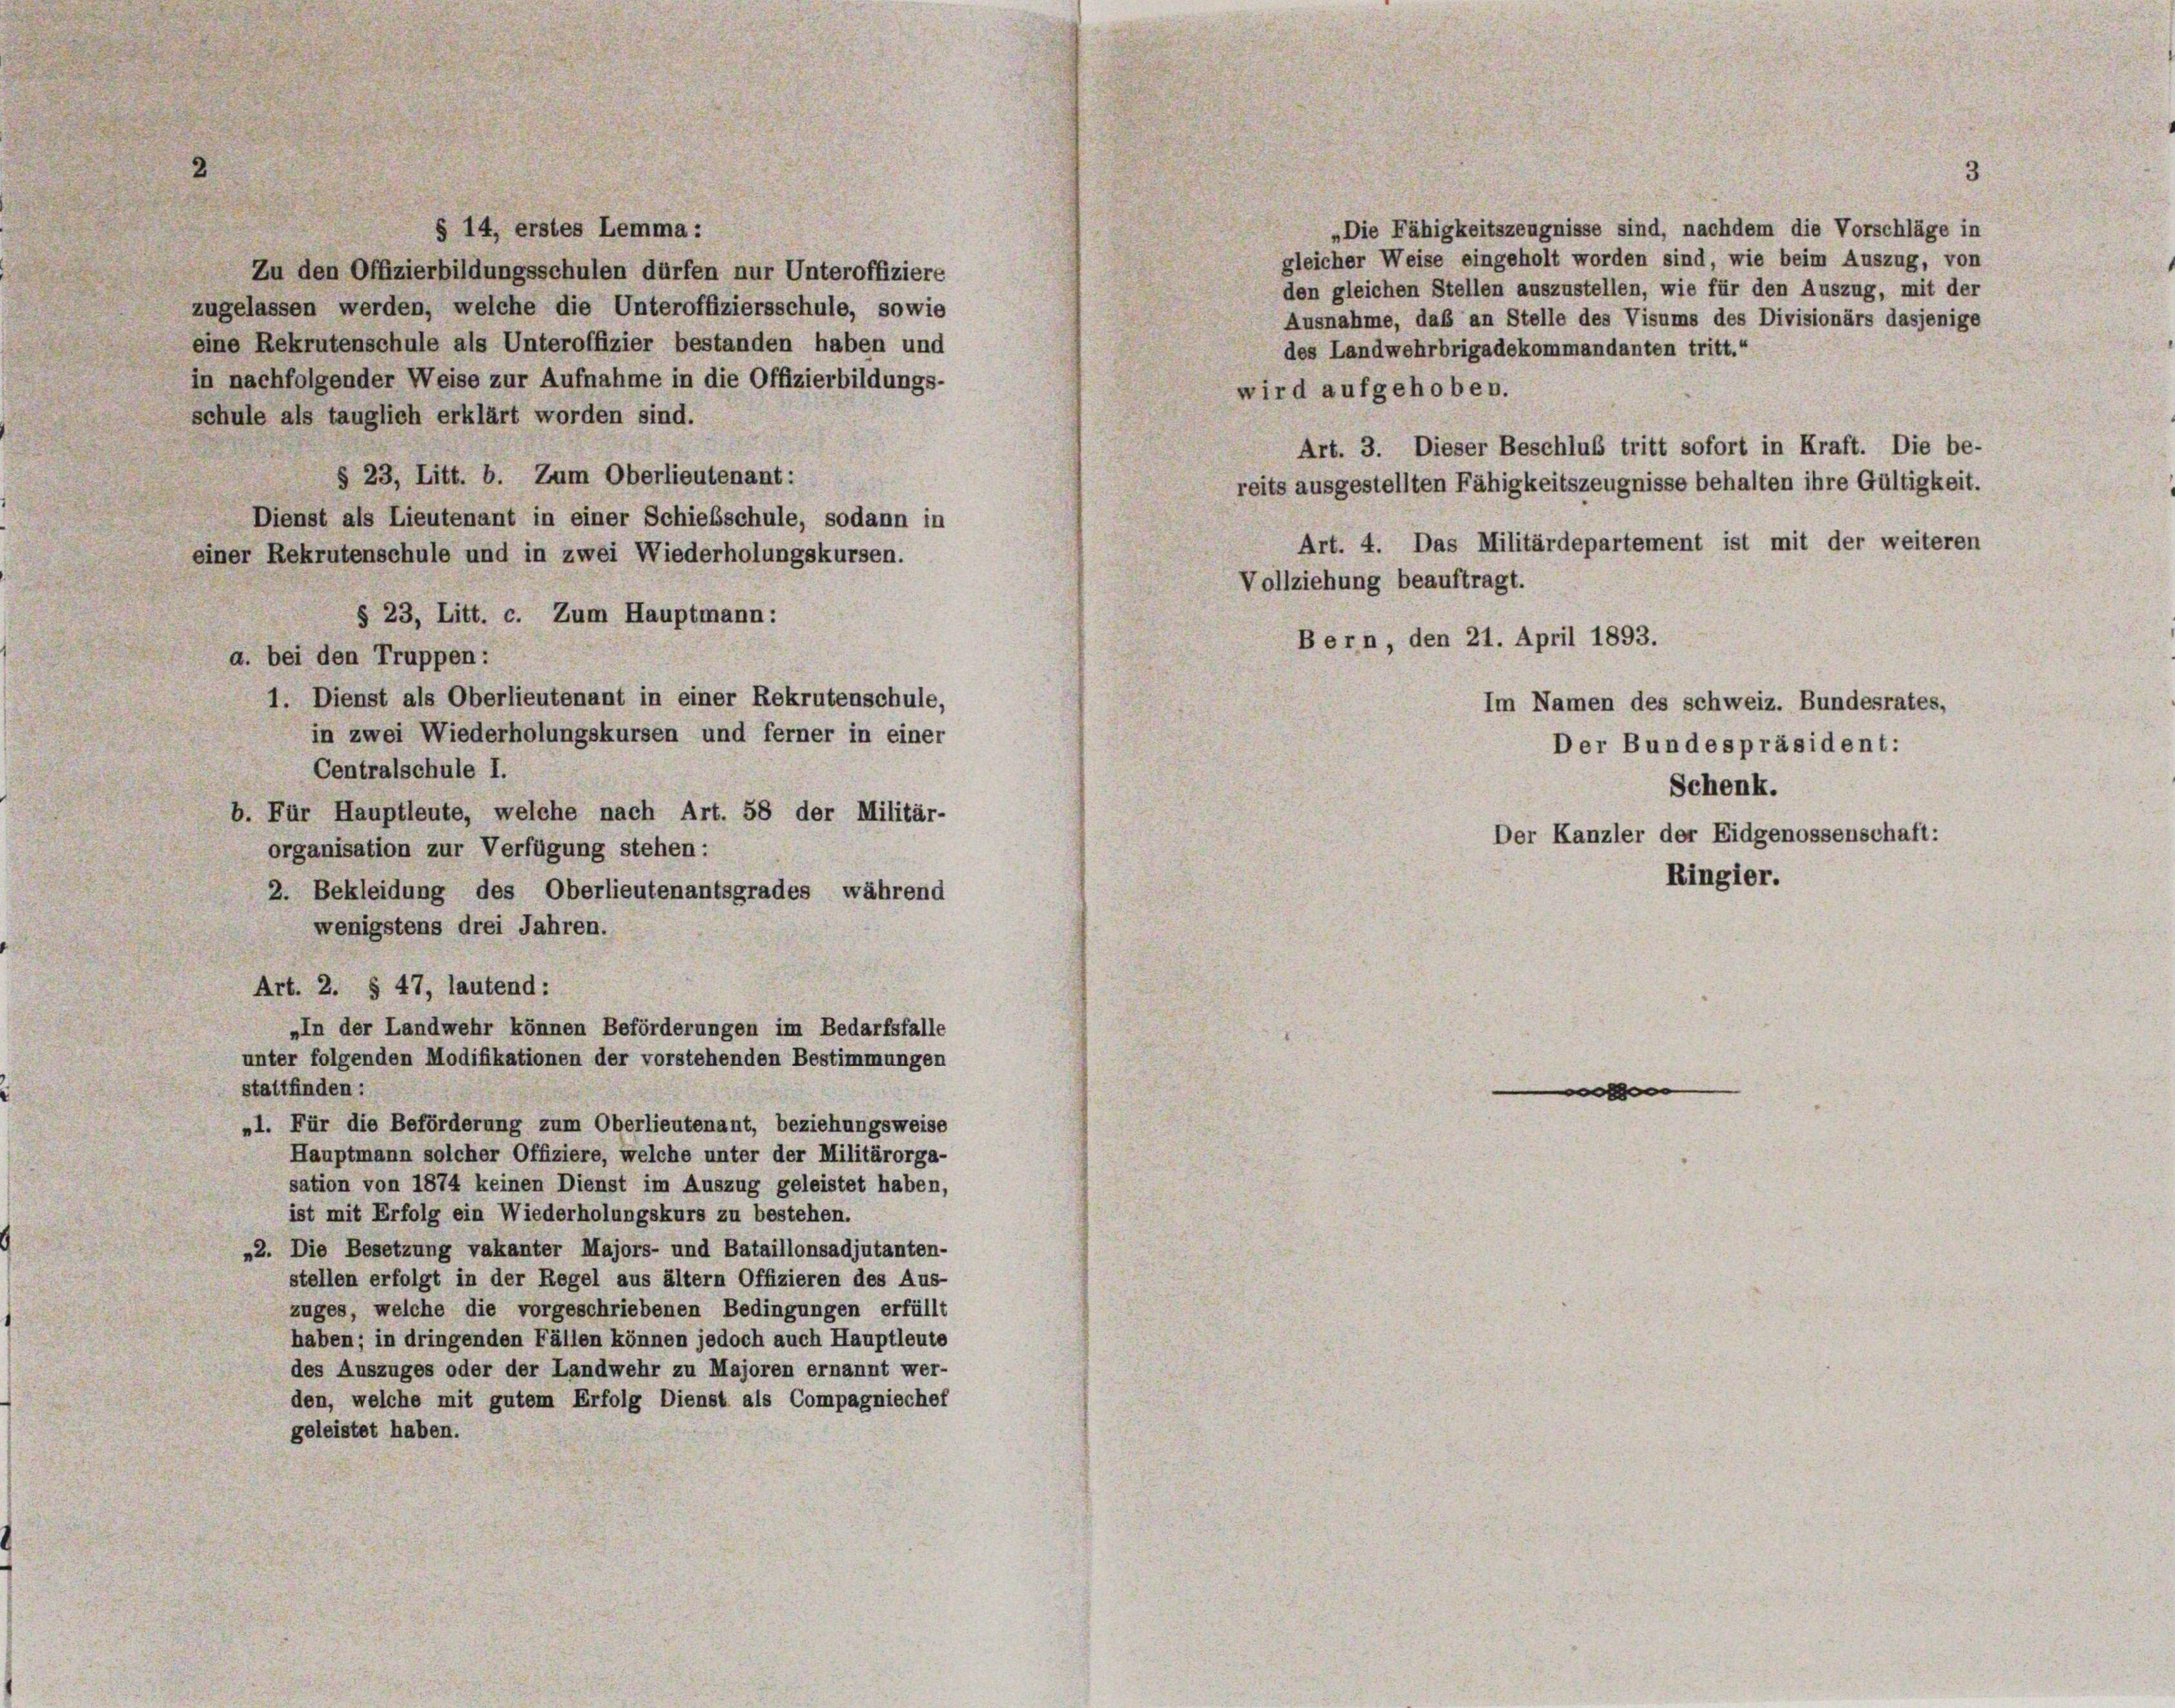
„Die Fähigkeitszeugnisse sind, nachdem die Vorschläge in
§ 14, erstes Lemma :
gleicher Weise eingeholt worden sind, wie beim Auszug, von
Zu den Offizierbildungsschulen dürfen nur Unteroffiziere
den gleichen Stellen auszustellen, wie für den Auszug, mit der
zugelassen werden, welche die Unteroffiziersschule, sowie
Ausnahme, daß an Stelle des Visums des Divisionärs dasjenige
eine Rekrutenschule als Unteroffizier bestanden haben und
des Landwehrbrigadekommandanten tritt.“
in nachfolgender Weise zur Aufnahme in die Offizierbildungs-
wird aufgehoben.
schule als tauglich erklärt worden sind.
Art. 3. Dieser Beschluß tritt sofort in Kraft. Die be-
§ 23, Litt. b. Zum Oberlieutenant:
reits ausgestellten Fähigkeitszeugnisse behalten ihre Gültigkeit.
Dienst als Lieutenant in einer Schiebschule, sodann in
Art. 4. Das Militärdepartement ist mit der weiteren
einer Rekrutenschule und in zwei Wiederholungskursen.
Vollziehung beauftragt.
§ 23, Litt. c. Zum Hauptmann:
Bern, den 21. April 1893.
a. bei den Truppen:
1. Dienst als Oberlieutenant in einer Rekrutenschule,
Im Namen des schweiz. Bundesrates,
in zwei Wiederholungskursen und ferner in einer
Der Bundespräsident:
Centralschule I.
Schenk.
b. Für Hauptleute, welche nach Art. 58 der Militär-
organisation zur Verfügung stehen:
2. Bekleidung des Oberlieutenantsgrades während
wenigstens drei Jahren.
Art. 2. § 47, lautend:
„In der Landwehr können Beförderungen im Bedarfsfalle
unter folgenden Modifikationen der vorstehenden Bestimmungen
stattfinden :

„1. Für die Beförderung zum Oberlieutenant, beziehungsweise
Hauptmann solcher Offiziere, welche unter der Militärorga-
sation von 1874 keinen Dienst im Auszug geleistet haben,
ist mit Erfolg ein Wiederholungskurs zu bestehen.
„2. Die Besetzung vakanter Majors- und Bataillonsadjutanten-
stellen erfolgt in der Regel aus ältern Offizieren des Aus-
zuges, welche die vorgeschriebenen Bedingungen erfüllt
haben; in dringenden Fällen können jedoch auch Hauptleute
des Auszuges oder der Landwehr zu Majoren ernannt wer-
den, welche mit gutem Erfolg Dienst als Compagniechef
geleistet haben.

Der Kanzler der Eidgenossenschaft:
Ringier.